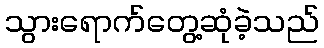
သွားရောက်တွေ့ဆုံခဲ့သည်